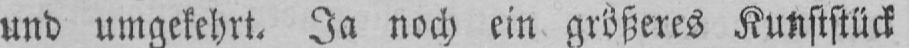
und umgekehrt. Ja noch ein größeres Kunststück